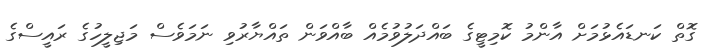
ގޮތް ކަނޑައެޅުމަށް އާންމު ކޮމިޓީގެ ބައްދަލުވުމެއް ބާއްވަން ތައްޔާރުވި ނަމަވެސް މަޖިލީހުގެ ރައީސްގެ